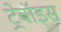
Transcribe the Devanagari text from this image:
ट्रेवॉइस